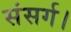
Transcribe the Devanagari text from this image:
संसर्ग।